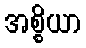
အစ္စိယာ